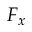
F _ { x }